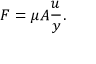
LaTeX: F = \mu A { \frac { u } { y } } .